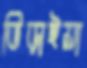
ভিড়াইয়া